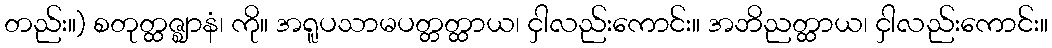
တည်း။) စတုတ္ထဇ္ဈာနံ၊ ကို။ အရူပသာမပတ္တတ္ထာယ၊ ငှါလည်းကောင်း။ အဘိညတ္ထာယ၊ ငှါလည်းကောင်း။